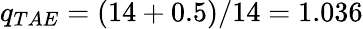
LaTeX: q_{TAE}=(14+0.5)/14=1.036